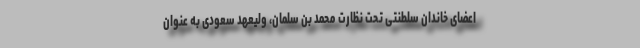
اعضای خاندان سلطنتی تحت نظارت محمد بن سلمان، ولیعهد سعودی به عنوان